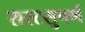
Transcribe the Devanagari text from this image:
सरटसुपर्ण